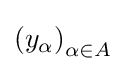
\left(y_{\alpha }\right)_{\alpha \in A}